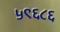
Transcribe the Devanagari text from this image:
५९६८६